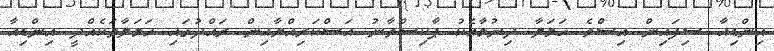
އިންޑިއާ ސިފައިން އިސްވެ ހަމަލާ ދިނުމާއެކު ޕާކިސްތާނު އަސްކަރިއްޔާއިން ރައްދުގައި ހަމަލާތަކެއްދީ އިންޑިއާ